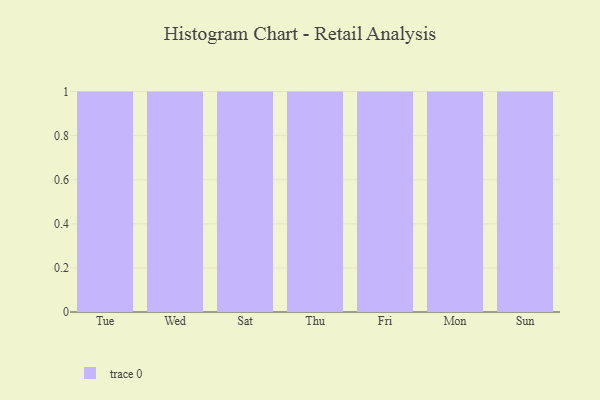
{"axis": {"x": "Day", "y": "Budget (USD K)"}, "legend": [""], "data": [{"x": "Tue", "y": 85, "type": ""}, {"x": "Wed", "y": 3, "type": ""}, {"x": "Sat", "y": 38, "type": ""}, {"x": "Thu", "y": 26, "type": ""}, {"x": "Fri", "y": 59, "type": ""}, {"x": "Mon", "y": 54, "type": ""}, {"x": "Sun", "y": 24, "type": ""}]}